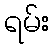
ရမ်း